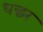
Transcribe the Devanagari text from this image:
धन्द्वर